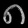
Digit: ၈